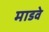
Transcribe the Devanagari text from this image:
माडवे